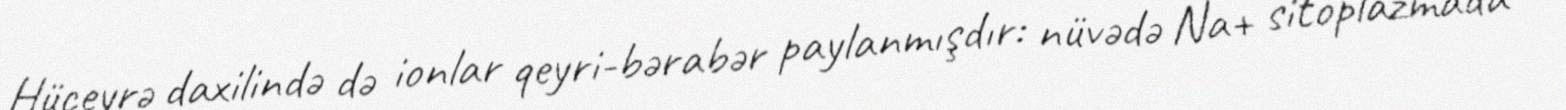
Hüceyrə daxilində də ionlar qeyri-bərabər paylanmışdır: nüvədə Na+ sitoplazmada